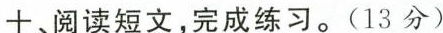
十、阅读短文，完成练习。（13分）